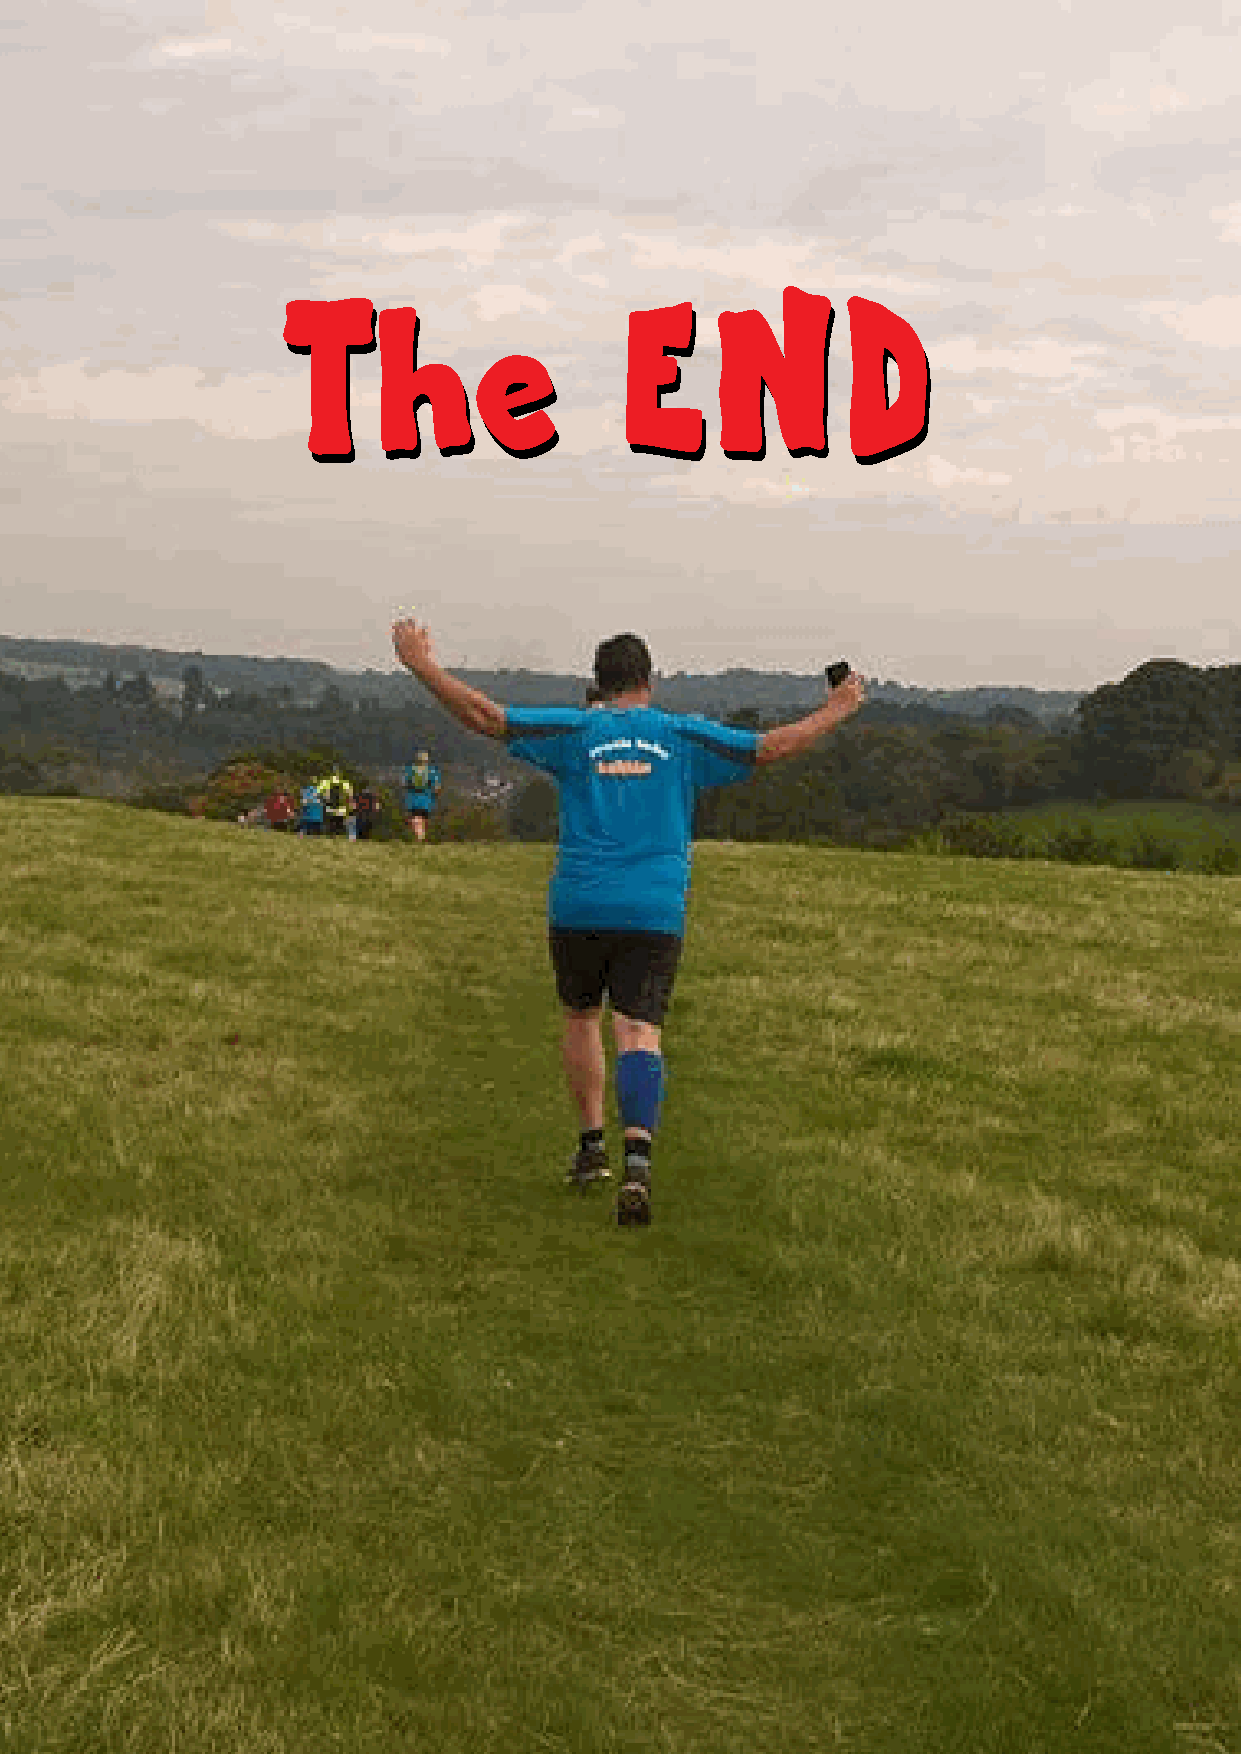
The                   END
 The                   END
 -
 17